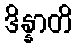
ဒိန္နာတိ